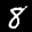
Label: 8